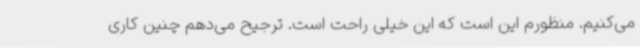
می‌کنیم. منظورم این است که این خیلی راحت است. ترجیح می‌دهم چنین کاری